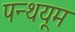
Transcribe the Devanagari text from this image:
पन्थयूम